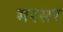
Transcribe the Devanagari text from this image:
भरसर